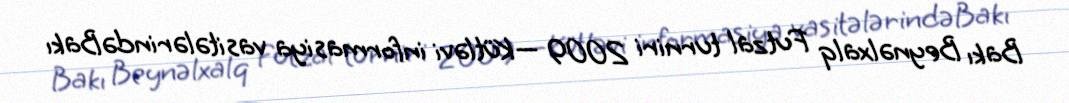
Bakı Beynəlxalq Futzal turniri 2009 —Kütləvi informasiya vasitələrindəBakı